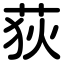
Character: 荻